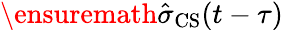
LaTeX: \ensuremath{\hat{\sigma}}_{\mathrm{CS}}(t-\tau)